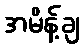
အမိန့်ချ